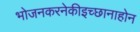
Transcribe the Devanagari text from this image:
भोजनकरनेकीइच्छानाहोन